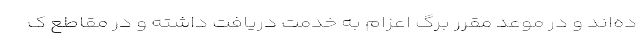
ده‌اند و در موعد مقرر برگ اعزام به خدمت دریافت داشته و در مقاطع ک